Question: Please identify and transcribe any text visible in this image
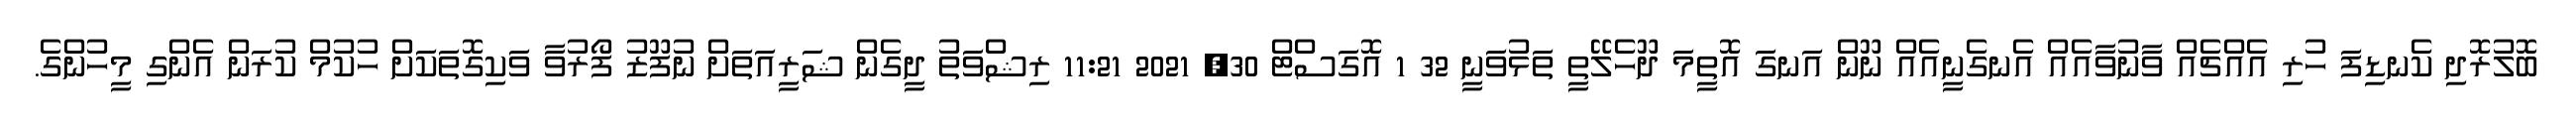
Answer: ބޮލުރޮދި ކެނޑިފަ ހުރި އެއްޗެއް ވާނުވާއެއް އެނގެނީއެއް ނޫން އަނގަ އޮތީމަ ދޫހެލޭތީ ތަޅުވަނީ 32 1 އޮގަސްޓް 30, 2021 11:21 ރިޝްވަތު ދީގެން ޝަރީއަތަށް ނުފޫޒު ފޯރުވާ ވަކިގޮތަކަށް ހުކުމް ކުރަން އެންގި މީހުންގެ.